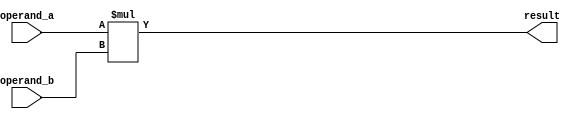
module radix4_multiplier (
  input [7:0] operand_a,
  input [7:0] operand_b,
  output reg [15:0] result
);

reg [15:0] temp_result;

always @(*) begin
  temp_result = operand_a * operand_b;
  result = temp_result;
end

endmodule